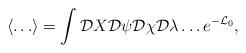
LaTeX: \begin{align*}\left\langle \ldots \right\rangle =\int {\cal D}X{\cal D}\psi{\cal D}\chi{\cal D}\lambda \ldots e^{-{\cal L}_0},\end{align*}